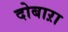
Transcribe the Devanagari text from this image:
दोबाऱा